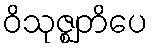
ဝိသုဇ္ဈတိပေ